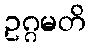
ဥဂ္ဂမတိ